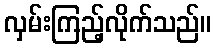
လှမ်းကြည့်လိုက်သည်။